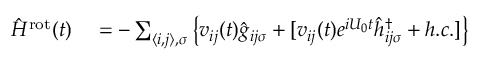
\begin{array} { r l } { \hat { H } ^ { \mathrm { r o t } } ( t ) } & { { } = - \sum _ { \langle i , j \rangle , \sigma } \left\{ v _ { i j } ( t ) \hat { g } _ { i j \sigma } + [ v _ { i j } ( t ) e ^ { i U _ { 0 } t } \hat { h } _ { i j \sigma } ^ { \dagger } + h . c . ] \right\} } \end{array}